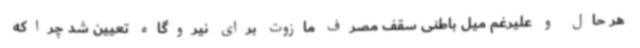
هر حال و علیرغم میل باطنی سقف مصرف مازوت برای نیروگاه تعیین شد چراکه